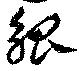
觚